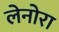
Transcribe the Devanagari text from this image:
लेनोरा